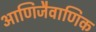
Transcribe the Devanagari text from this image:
आणिजैवाणिक